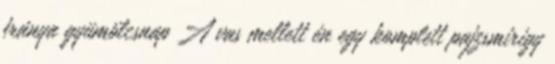
fránya gyümölcsnap A vas mellett én egy komplett pajzsmirigy